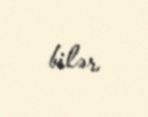
bilər.